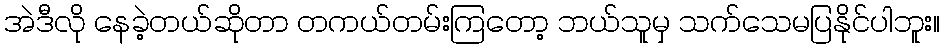
အဲဒီလို နေခဲ့တယ်ဆိုတာ တကယ်တမ်းကြတော့ ဘယ်သူမှ သက်သေမပြနိုင်ပါဘူး။